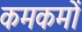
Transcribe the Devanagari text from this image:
कमकमों